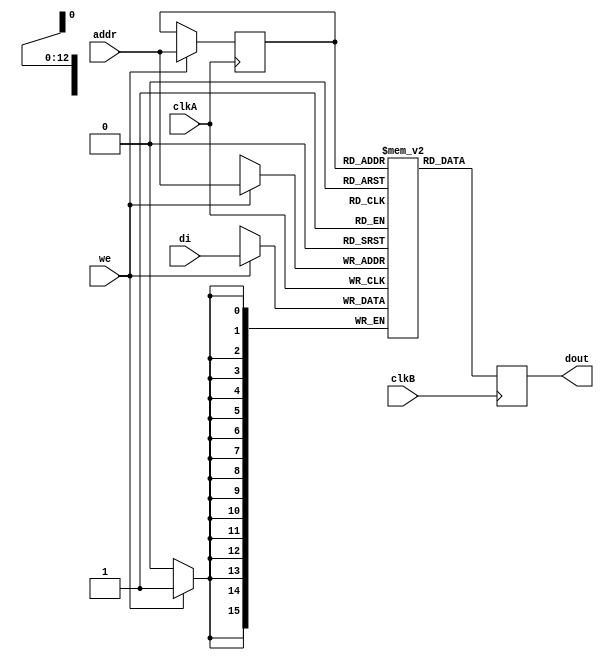
 
module rams_reg_io_sp_dc_8192x16 (clkA, clkB, we, addr, di, dout);
input clkA;
input clkB;
input we;
input [12:0] addr;
input [15:0] di;
output [15:0] dout;

reg [12:0] addr_reg;
reg [15:0] RAM [8191:0];
reg [15:0] dout;

always @(posedge clkA)
    begin
        if (we)
        begin
            RAM[addr] <= di;
            addr_reg <= addr;
        end
    end

always @ (posedge clkB) 
    begin
        dout <= RAM[addr_reg]; 
    end
endmodule